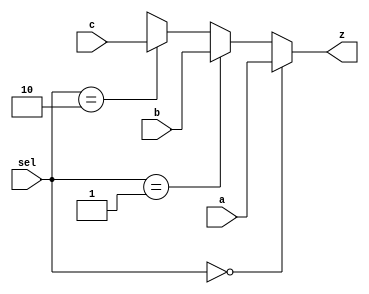
module mux_3to1(z,a,b,c,sel);
	input [31:0]a;
	input [31:0]b;
	input [31:0]c;
	input [1:0]sel;
	output reg[31:0]z;
	
	always@(*)begin 
		if(sel==0)
			z=a;
		else if(sel==01)
			z=b;
		else if(sel==2'b10)
			z=c;
		else z=32'hx;
	end
	
endmodule
/*--------------------------------------------------------------*/
module testbench_mux_3to1();
	reg [31:0]x,y,w;
	reg [1:0]sel;
	wire [31:0]z;

	mux_3to1 myMux(z,x,y,w,sel);
	
initial begin

	x= 32'h 1;
	y= 32'h 10;
	w= 32'h 100;
	
	sel=00;
	#1$display("z is%b",z);
	sel=01;
	#1$display("z is%b",z);
	sel=2'b10;
	#1$display("z is%b",z);
	sel=2'b11;
	#1$display("z is%b",z);
end

endmodule